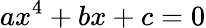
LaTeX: ax^{4}+bx+c=0